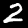
Digit: 2